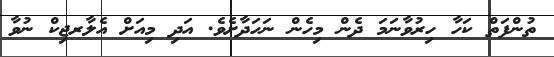
ތުންފަތް ކަހާ ހިރުވާނަމަ ދެން މިހެން ނަހަދާށެވެ. އަދި މިއަށް އެލާރޖިކް ނުވާ